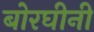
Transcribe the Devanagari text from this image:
बोरघीनी